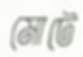
মোটে